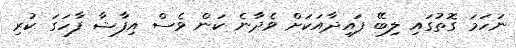
ނަހަމަ ގޮތުގައި ލިބޭ ފައިދާއަކަށް ވެދާނެ ކަން ވެސް އިފާޝާ ފާހަގަ ކުރި